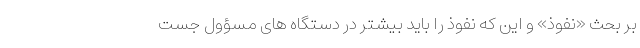
بر بحث «نفوذ» و این که نفوذ را باید بیشتر در دستگاه های مسؤول جست